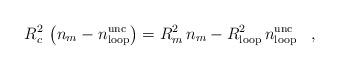
\begin{align*}R_c^2\,\left(n_m-n_{\rm loop}^{\rm unc}\right)=R_m^2\,n_m-R_{\rm loop}^2\,n_{\rm loop}^{\rm unc}\,\,\,\,\,,\,\,\,\,\,\end{align*}